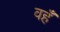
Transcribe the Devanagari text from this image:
वहँ